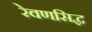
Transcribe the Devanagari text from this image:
रेवणसिद्ध